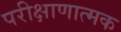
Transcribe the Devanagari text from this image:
परीक्षाणात्मक